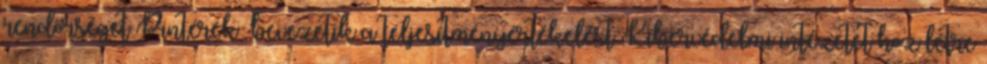
rendőrséget Pintérék: bevezetik a teljesítményértékelést Kibervédelmi intézetet hoz létre